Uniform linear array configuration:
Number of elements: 8
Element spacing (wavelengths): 0.5
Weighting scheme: blackman
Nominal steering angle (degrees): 0
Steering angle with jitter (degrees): -1.131
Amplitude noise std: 0.05
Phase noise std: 0.05

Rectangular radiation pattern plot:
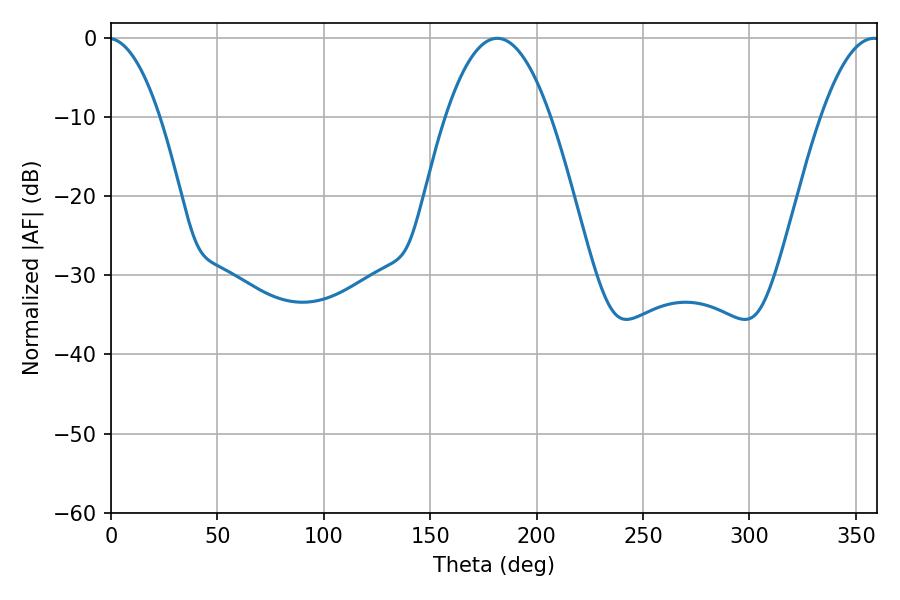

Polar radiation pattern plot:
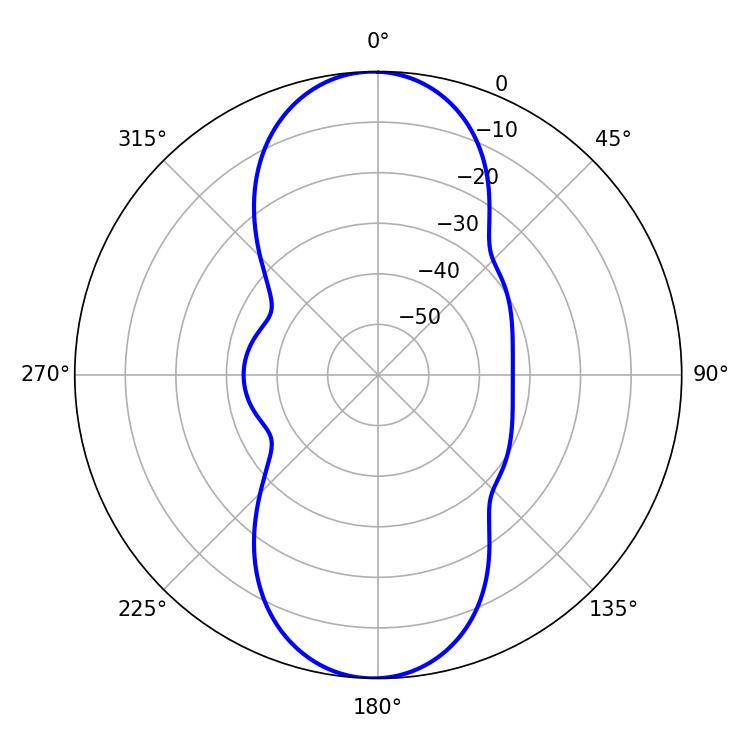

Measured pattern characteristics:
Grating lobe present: FALSE
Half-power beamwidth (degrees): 27
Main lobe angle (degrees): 181.44